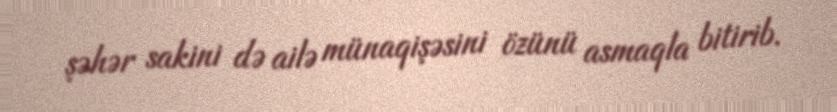
şəhər sakini də ailə münaqişəsini özünü asmaqla bitirib.